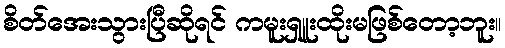
စိတ်အေးသွားပြီဆိုရင် ကမူးရှူးထိုးမဖြစ်တော့ဘူး။